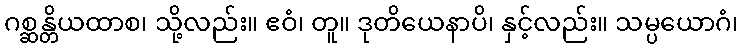
ဂစ္ဆန္တိယထာစ၊ သို့လည်း။ ဧဝံ၊ တူ။ ဒုတိယေနာပိ၊ နှင့်လည်း။ သမ္ပယောဂံ၊